Assam Mental Hospital (Tezpur, India) - 1933-1948
Year: 1933
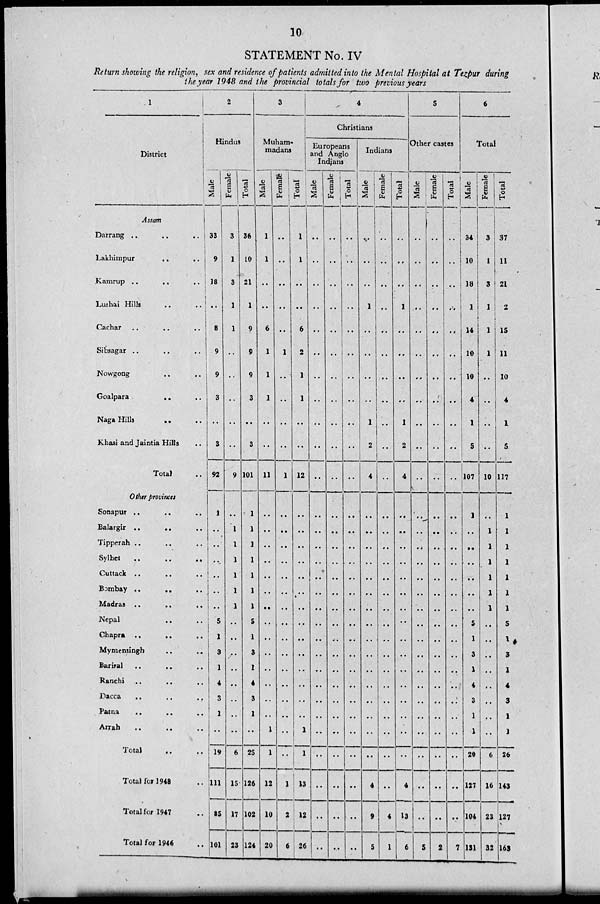
10
STATEMENT No. IV
Return showing the religion, sex and residence of patients admitted into the Mental Hospital at Tezpur during
the year 1948 and the provincial totals for two previous years
1
District
Assam
Darrang ..
..
..
Lakhimpur
..
..
Kamrup ..
..
..
Lushai Hills
..
..
Cachar .. .. ..
Sibsagar ..
..
..
Nowgong .. ..
Goalpara
.. ..
Naga Hills
..
..
Khasi and Jaintia Hills ..
Total ..
Other provinces
Sonapur .. .. ..
Balargir ..
.. ..
Tipperah .. .. ..
Sylhet
..
..
..
Cuttack .. .. ..
Bombay
..
..
..
Madras ..
..
..
Nepal .. ..
Chapra
..
..
..
Mymensingh .. ..
Barital
..
.. ..
Ranchi .. .. ..
Dacca
..
..
..
Patna
..
..
..
Arrah
..
..
..
Total .. ..
Total for 1948 ..
Total for 1947 ..
Total for 1946 ..
2
Hindus
Male
33
9
18
..
8
9
9
3
..
3
92
1
..
..
..
..
..
..
5
1
3
1
4
3
1
..
19
111
85
101
Female
3
1
3
1
1
..
..
..
..
..
9
..
1
1
1
1
1
1
..
..
..
..
..
..
..
..
6
15
17
23
Total
36
10
21
1
9
9
9
3
..
3
101
1
1
1
1
1
1
1
5
1
3
1
4
3
1
..
25
126
102
124
3
Muham¬
madans
Male
1
1
..
..
6
1
1
1
..
..
11
..
..
..
..
..
..
..
..
..
..
..
..
..
..
1
1
12
10
20
Female
..
..
..
..
..
1
..
..
..
..
1
..
..
..
..
..
..
..
..
..
..
..
..
..
..
..
..
1
2
6
Total
1
1
..
..
6
2
1
1
..
..
12
..
..
..
..
..
..
..
..
..
..
..
..
..
..
1
1
13
12
26
4
Christians
Europeans
and Anglo
Indians
Male
..
..
..
..
..
..
..
..
..
..
..
..
..
..
..
..
..
..
..
..
..
..
..
..
..
..
..
..
..
..
Female
..
..
..
..
..
..
..
..
..
..
..
..
..
..
..
..
..
..
..
..
..
..
..
..
..
..
..
..
..
..
Total
..
..
..
..
..
..
..
..
..
..
..
..
..
..
..
..
..
..
..
..
..
..
..
..
..
..
..
..
..
..
Indians
Male
..
..
..
1
..
..
..
..
1
2
4
..
..
..
..
..
..
..
..
..
..
..
..
..
..
..
..
4
9
5
Female
..
..
..
..
..
..
..
..
..
..
..
..
..
..
..
..
..
..
..
..
..
..
..
..
..
..
..
..
4
1
Total
..
..
..
1
..
..
..
..
1
2
4
..
..
..
..
..
..
..
..
..
..
..
..
..
..
..
..
4
13
6
5
Other castes
Male
..
..
..
..
..
..
..
..
..
..
..
..
..
..
..
..
..
..
..
..
..
..
..
..
..
..
..
..
..
5
Female
..
..
..
..
..
..
..
..
..
..
..
..
..
..
..
..
..
..
..
..
..
..
..
..
..
..
..
..
..
2
Total
..
..
..
..
..
..
..
..
..
..
..
..
..
..
..
..
..
..
..
..
..
..
..
..
..
..
..
..
..
7
6
Total
Male
34
10
18
1
14
10
10
4
1
5
107
1
..
..
..
..
..
..
5
1
3
1
4
3
1
1
20
127
104
131
Female
3
1
3
1
1
1
..
..
..
..
10
..
1
1
1
1
1
1
..
..
..
..
..
..
..
..
6
16
23
32
Total
37
11
21
2
15
11
10
4
1
5
117
1
1
1
1
1
1
1
5
1
3
1
4
3
1
1
26
143
127
163